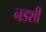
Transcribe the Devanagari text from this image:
नडशी